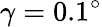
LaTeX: \gamma=0.1^{\circ}